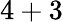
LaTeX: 4+3